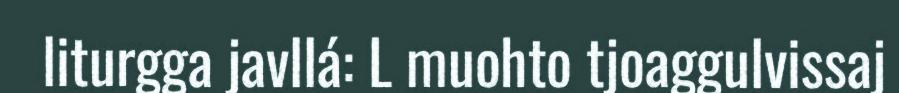
liturgga javllá: L muohto tjoaggulvissaj